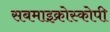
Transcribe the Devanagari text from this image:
सबमाइक्रोस्कोपी